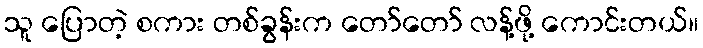
သူ ပြောတဲ့ စကား တစ်ခွန်းက တော်တော် လန့်ဖို့ ကောင်းတယ်။